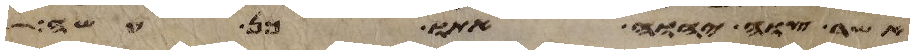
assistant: אשר צוה יהוה אתו כן עשה